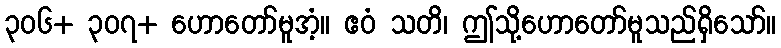
၃၀၆+ ၃၀၇+ ဟောတော်မူအံ့။ ဧဝံ သတိ၊ ဤသို့ဟောတော်မူသည်ရှိသော်။